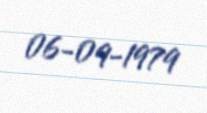
06-09-1979